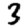
Digit: 3